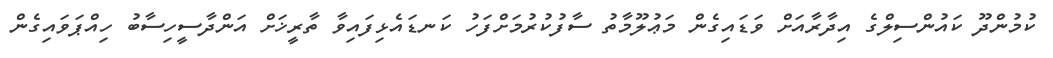
ކުމުންދޫ ކައުންސިލްގެ އިދާރާއަށް ވަޑައިގެން މަޢުލޫމާތު ސާފުކުރުމަށްފަހު ކަނޑައެޅިފައިވާ ތާރީޚަށް އަންދާސީހިސާބު ހިއްޕަވައިގެން